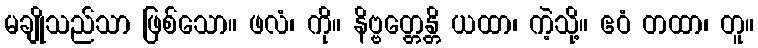
မချိုသည်သာ ဖြစ်သော။ ဖလံ၊ ကို။ နိဗ္ဗတ္တေန္တိ ယထာ၊ ကဲ့သို့။ ဧဝံ တထာ၊ တူ။